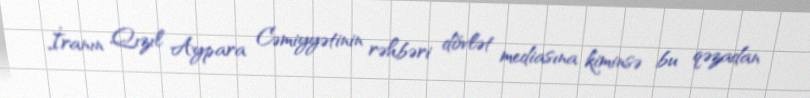
İranın Qızıl Aypara Cəmiyyətinin rəhbəri dövlət mediasına kiminsə bu qəzadan